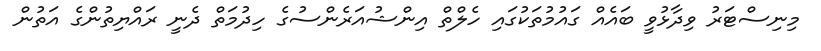
މިނިސްޓަރު ވިދާޅުވީ ބައެއް ގައުމުތަކުގައި ހެލްތް އިންޝުއަރެންސުގެ ހިދުމަތް ދެނީ ރައްޔިތުންގެ އަތުން